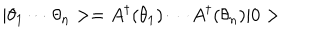
LaTeX: | \theta _ { 1 } \cdots \theta _ { n } > = A ^ { \dagger } ( \theta _ { 1 } ) \cdots A ^ { \dagger } ( \theta _ { n } ) | 0 >